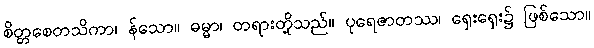
စိတ္တစေတသိကာ၊ န်သော။ ဓမ္မာ၊ တရားတို့သည်။ ပုရေဇာတဿ၊ ရှေးရှေး၌ ဖြစ်သော။